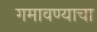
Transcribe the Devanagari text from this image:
गमावण्याचा